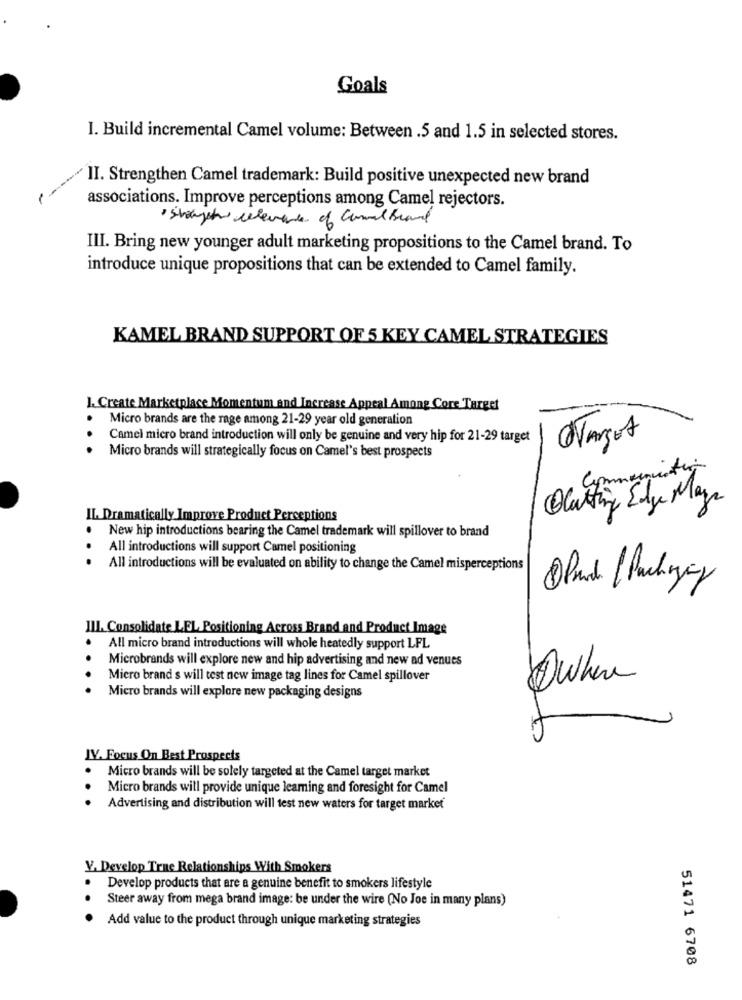
Goals
I. Build incremental Camel volume: Between .5 and 1.5 in selected stores.
II. Strengthen Camel trademark: Build positive unexpected new brand
associations. Improve perceptions among Camel rejectors.
· storget relevante of Camel Brand
III. Bring new younger adult marketing propositions to the Camel brand. To
introduce unique propositions that can be extended to Camel family.
KAMEL BRAND SUPPORT OF 5 KEY CAMEL STRATEGIES
1. Create Marketplace Momentum and Increase Appeal Among Core Target
Micro brands are the rage among 21-29 year old generation
Camel micro brand introduction will only be genuine and very hip for 21-29 target
Target
Micro brands will strategically focus on Camel's best prospects
OCutting Edge Mays
IL. Dramatically Improve Product Perceptions
.
New hip introductions bearing the Camel trademark will spillover to brand
All introductions will support Camel positioning
All introductions will be evaluated on ability to change the Camel misperceptions
III. Consolidate LEL Positioning Across Brand and Product Image
.
All micro brand introductions will whole heatedly support LFL
Microbrands will explore new and hip advertising and new ad venues
Micro brand s will test new image tag lines for Camel spillover
Micro brands will explore new packaging designs
IV. Focus On Best Prospects
. Micro brands will be solely targeted at the Camel target market
Micro brands will provide unique leaming and foresight for Camel
.. .
Advertising and distribution will test new waters for target market
Y. Develop True Relationships With Smokers
Develop products that are a genuine benefit to smokers lifestyle
Steer away from mega brand image: be under the wire (No Joe in many plans)
..
Add value to the product through unique marketing strategies
51471 6708